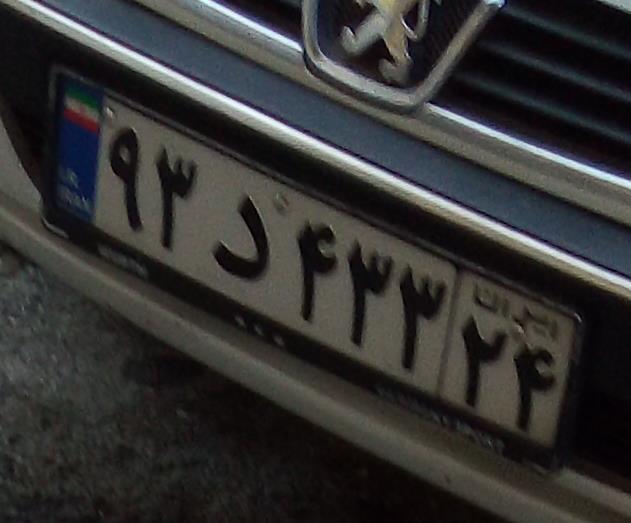
۹۳د۴۳۳۲۴